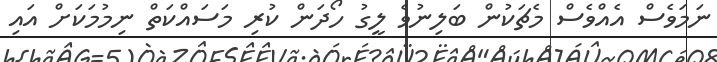
ނަމަވެސް އެއްވެސް މެޗަކުން ބަލިނުވެ ލީގު ހޯދަން ކުރި މަސައްކަތް ނިމުމަކަށް އައި